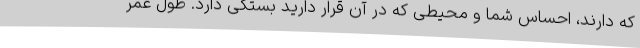
که دارند، احساس شما و محیطی که در آن قرار دارید بستگی دارد. طول عمر